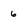
Character: 6